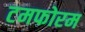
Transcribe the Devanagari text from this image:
टमफोरम